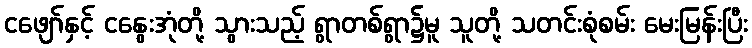
ငဖျော်နှင့် ငနွေးအုံတို့ သွားသည့် ရွာတစ်ရွာ၌မူ သူတို့ သတင်းစုံစမ်း မေးမြန်းပြီး